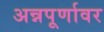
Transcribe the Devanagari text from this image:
अन्नपूर्णावर